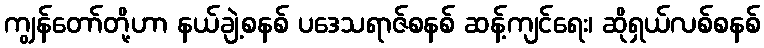
ကျွန်တော်တို့ဟာ နယ်ချဲ့စနစ် ပဒေသရာဇ်စနစ် ဆန့်ကျင်ရေး၊ ဆိုရှယ်လစ်စနစ်